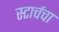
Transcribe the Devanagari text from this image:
स्टार्चचा